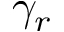
\gamma _ { r }